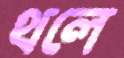
থলে